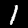
Digit: 1